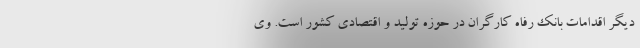
دیگر اقدامات بانک رفاه کارگران در حوزه تولید و اقتصادی کشور است. وی